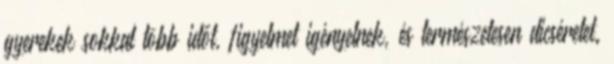
gyerekek sokkal több időt, figyelmet igényelnek, és természetesen dicséretet.